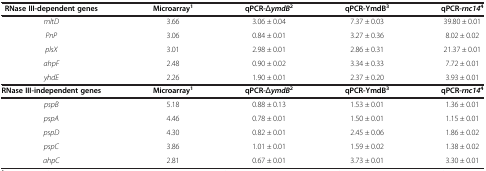
<table><thead><tr><td><b>RNase III-dependent genes</b></td><td><b>Microarray<sup>1</sup></b></td><td><b>qPCR-<i>Δ</i><i>ymdB</i><sup>2</sup></b></td><td><b>qPCR-YmdB<sup>3</sup></b></td><td><b>qPCR-<i>rnc14</i><sup>4</sup></b></td></tr></thead><tbody><tr><td><i>mltD</i></td><td>3.66</td><td>3.06 ± 0.04</td><td>7.37 ± 0.03</td><td>39.80 ± 0.01</td></tr><tr><td><i>PnP</i></td><td>3.06</td><td>0.84 ± 0.01</td><td>3.27 ± 0.36</td><td>8.02 ± 0.02</td></tr><tr><td><i>plsX</i></td><td>3.01</td><td>2.98 ± 0.01</td><td>2.86 ± 0.31</td><td>21.37 ± 0.01</td></tr><tr><td><i>ahpF</i></td><td>2.48</td><td>0.90 ± 0.02</td><td>3.34 ± 0.33</td><td>7.72 ± 0.01</td></tr><tr><td><i>yhdE</i></td><td>2.26</td><td>1.90 ± 0.01</td><td>2.37 ± 0.20</td><td>3.93 ± 0.01</td></tr><tr><td><b>RNase III-independent genes</b></td><td><b>Microarray</b><sup><b>1</b></sup></td><td><b>qPCR-</b><i>Δ</i><b><i>ymdB</i></b><sup><b>2</b></sup></td><td><b>qPCR-YmdB</b><sup><b>3</b></sup></td><td><b>qPCR-</b><b><i>rnc14</i></b><sup><b>4</b></sup></td></tr><tr><td><i>pspB</i></td><td>5.18</td><td>0.88 ± 0.13</td><td>1.53 ± 0.01</td><td>1.36 ± 0.01</td></tr><tr><td><i>pspA</i></td><td>4.46</td><td>0.78 ± 0.01</td><td>1.50 ± 0.01</td><td>1.15 ± 0.01</td></tr><tr><td><i>pspD</i></td><td>4.30</td><td>0.82 ± 0.01</td><td>2.45 ± 0.06</td><td>1.86 ± 0.02</td></tr><tr><td><i>pspC</i></td><td>3.86</td><td>1.01 ± 0.01</td><td>1.59 ± 0.02</td><td>1.38 ± 0.02</td></tr><tr><td><i>ahpC</i></td><td>2.81</td><td>0.67 ± 0.01</td><td>3.73 ± 0.01</td><td>3.30 ± 0.01</td></tr></tbody></table>